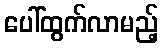
ပေါ်ထွက်လာမည့်